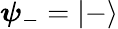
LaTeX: {\boldsymbol{\psi}}_{-}=|-\rangle